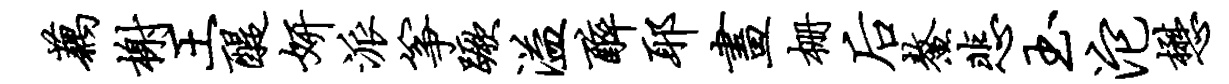
藕榭王醍妍派筝蹶溢醉耶画栅後鳌悲玉沱懋